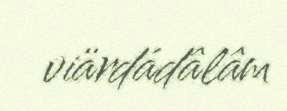
viärdádâlâm